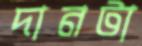
দানটা